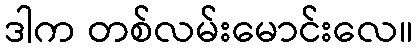
ဒါက တစ်လမ်းမောင်းလေ။